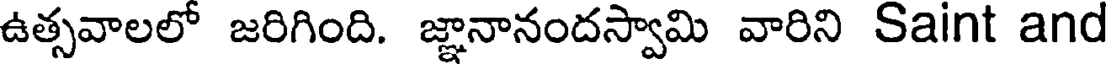
ఉత్సవాలలో జరిగింది. జ్ఞానానందస్వామి వారిని Saint and